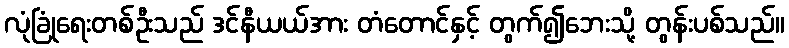
လုံခြုံရေးတစ်ဦးသည် ဒင်နီယယ်အား တံတောင်နှင့် တွက်၍ဘေးသို့ တွန်းပစ်သည်။